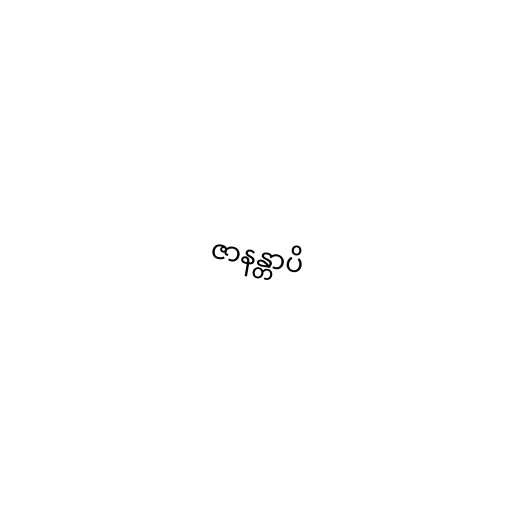
ဇာနန္တာပိ